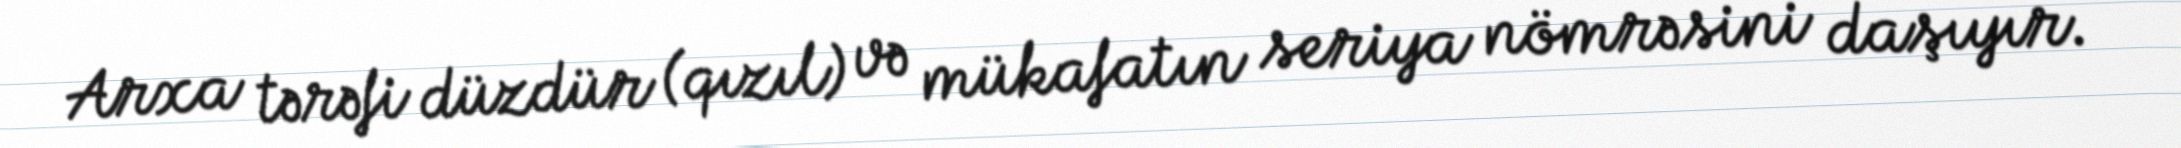
Arxa tərəfi düzdür (qızıl) və mükafatın seriya nömrəsini daşıyır.